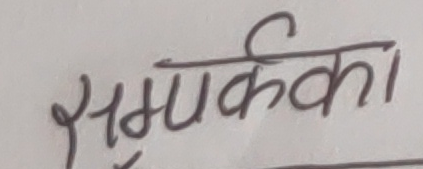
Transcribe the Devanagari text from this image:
सम्पर्कका